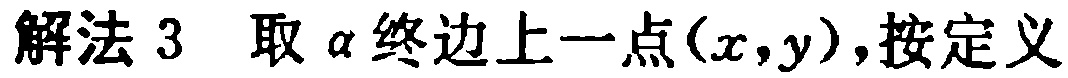
解法 3 取 $\alpha$ 终边上一点$(x,y)$,按定义